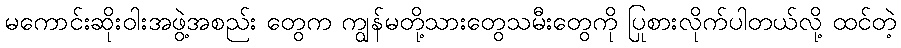
မကောင်းဆိုးဝါးအဖွဲ့အစည်း တွေက ကျွန်မတို့သားတွေသမီးတွေကို ပြုစားလိုက်ပါတယ်လို့ ထင်တဲ့